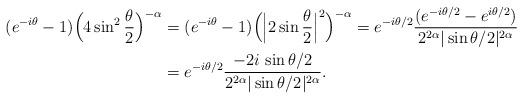
LaTeX: \begin{align*}(e^{-i\theta}-1)\Big(4\sin^2\frac{\theta}{2}\Big)^{-\alpha} &=(e^{-i\theta}-1)\Big(\Big|2\sin \frac{\theta}{2}\Big|^2 \Big)^{-\alpha}= e^{-i\theta/2} \frac{(e^{-i\theta/2}-e^{i\theta/2})}{2^{2\alpha} |\sin\theta/2|^{2\alpha}}\\&= e^{-i\theta/2} \frac{-2i\, \sin\theta/2}{2^{2\alpha} |\sin\theta/2|^{2\alpha}} .\end{align*}